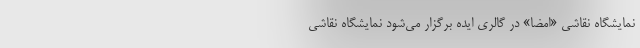
نمایشگاه نقاشی «امضا» در گالری ایده برگزار می‌شود نمایشگاه نقاشی